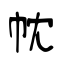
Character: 帎